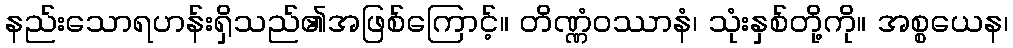
နည်းသောရဟန်းရှိသည်၏အဖြစ်ကြောင့်။ တိဏ္ဏံဝဿာနံ၊ သုံးနှစ်တို့ကို။ အစ္စယေန၊